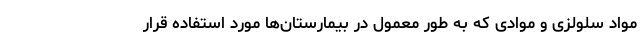
مواد سلولزی و موادی که به طور معمول در بیمارستان‌ها مورد استفاده قرار